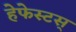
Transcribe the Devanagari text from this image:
हेफेस्टस्‌